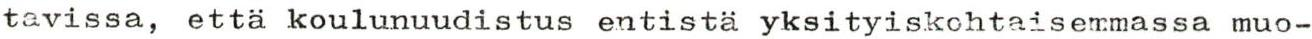
tavissa, että koulunuudistus entistä yksityiskohtaisemmassa muo-